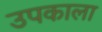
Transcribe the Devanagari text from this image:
उपकाला